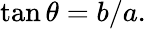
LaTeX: \tan\theta=b/a.